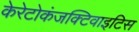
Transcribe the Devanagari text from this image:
केरेटोकंजक्टिवाइटिस